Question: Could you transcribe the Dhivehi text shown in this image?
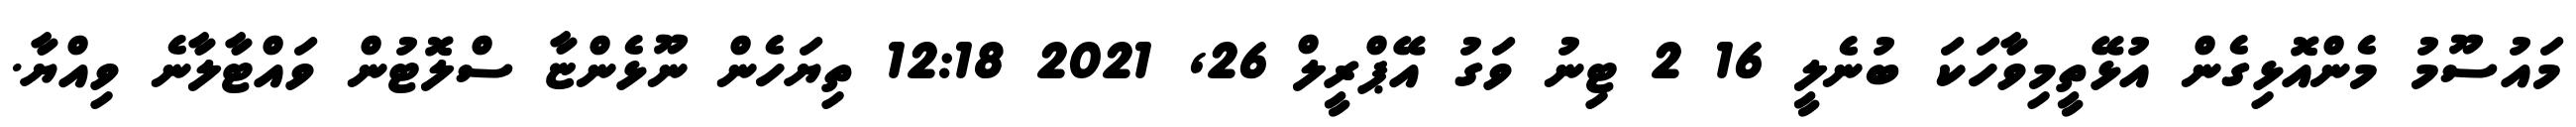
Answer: މައުސޫމު މެންއޮޅިގެން އުޅޭތީމިވާހަކަ ބުނެލީ 16 2 ޓިނު ވަގު އޭޕްރީލް 26, 2021 12:18 ތިޔަހެން ނޫޅެންޏާ ސްލޮޓުން ވައްޓާލާނެ ވިއްޔާ.